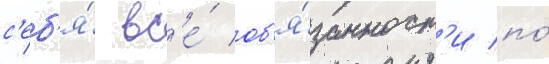
с'еб'я́ вс'е́ об'я́занност'и по́